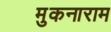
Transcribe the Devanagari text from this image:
मुकनाराम